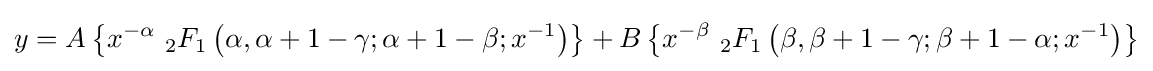
y=A\left\{x^{-\alpha }\ {}_{2}F_{1}\left(\alpha ,\alpha +1-\gamma ;\alpha +1-\beta ;x^{-1}\right)\right\}+B\left\{x^{-\beta }\ {}_{2}F_{1}\left(\beta ,\beta +1-\gamma ;\beta +1-\alpha ;x^{-1}\right)\right\}